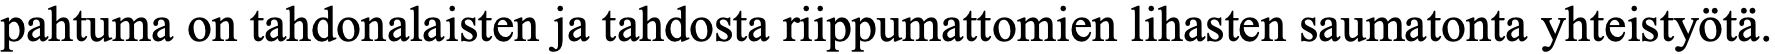
pahtuma on tahdonalaisten ja tahdosta riippumattomien lihasten saumatonta yhteistyötä.